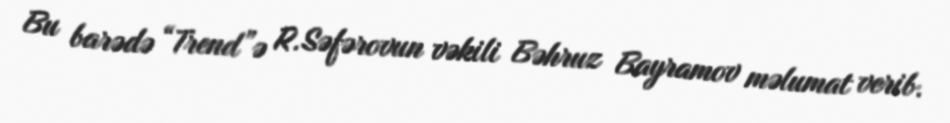
Bu barədə “Trend”ə R.Səfərovun vəkili Bəhruz Bayramov məlumat verib.